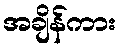
အချိန်ကား